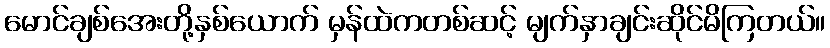
မောင်ချစ်အေးတို့နှစ်ယောက် မှန်ထဲကတစ်ဆင့် မျက်နှာချင်းဆိုင်မိကြတယ်။